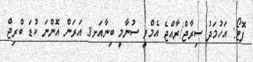
ފޮޓޯ: އަހުމަދު ސިރާޖް/ރާއްޖެ އެމްވީ ސުނާމީ ބިނާއަށޤ އަރަން އޮންނަ ކުޑަ ބްރިޖް